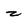
Character: z